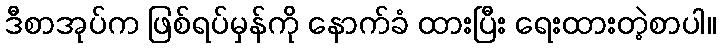
ဒီစာအုပ်က ဖြစ်ရပ်မှန်ကို နောက်ခံ ထားပြီး ရေးထားတဲ့စာပါ။